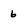
Character: 6